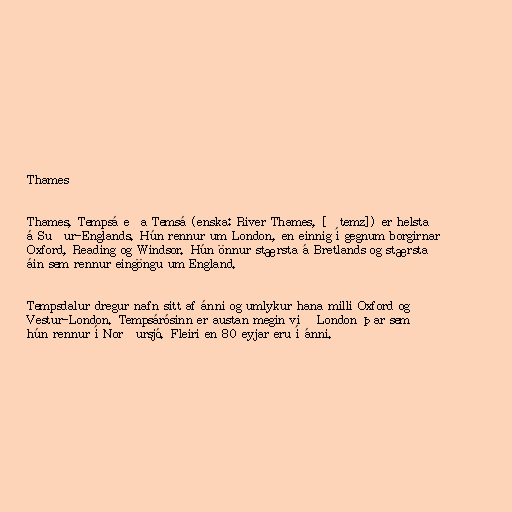
Thames

Thames, Tempsá eða Temsá (enska: River Thames, [ˈtemz]) er helsta
á Suður-Englands. Hún rennur um London, en einnig í gegnum borgirnar
Oxford, Reading og Windsor. Hún önnur stærsta á Bretlands og stærsta
áin sem rennur eingöngu um England.

Tempsdalur dregur nafn sitt af ánni og umlykur hana milli Oxford og
Vestur-London. Tempsárósinn er austan megin við London þar sem
hún rennur í Norðursjó. Fleiri en 80 eyjar eru í ánni.